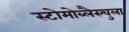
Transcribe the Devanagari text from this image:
स्टोमोब्लैस्चुला